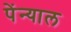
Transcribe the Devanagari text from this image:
पेंन्याल